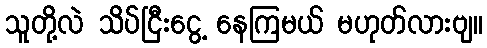
သူတို့လဲ သိပ်ငြီးငွေ့ နေကြမယ် မဟုတ်လားဗျ။